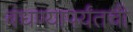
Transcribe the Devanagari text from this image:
बंधण्यापर्यंतची